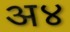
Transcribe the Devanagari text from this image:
अ४